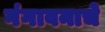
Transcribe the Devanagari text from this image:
गंगावनाचे